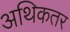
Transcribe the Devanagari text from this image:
अथिकतर